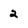
Character: 2